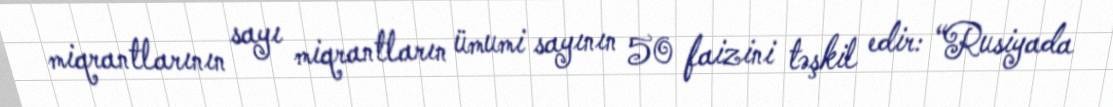
miqrantlarının sayı miqrantların ümumi sayının 50 faizini təşkil edir: “Rusiyada